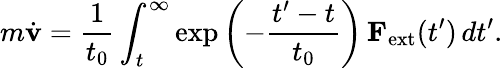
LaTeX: m{\dot{\mathbf{v}}}={\frac{1}{t_{0}}}\int_{t}^{\infty}\exp\left(-{\frac{t^{\prime}-t}{t_{0}}}\right)\, \mathbf{F}_{\mathrm{ext}}(t^{\prime})\, dt^{\prime}.